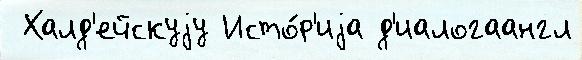
 Халд'ейскуjу Исто́р'иjа д'иалогаангл